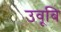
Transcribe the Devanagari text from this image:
उवूबि